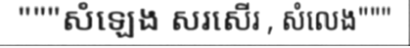
"""សំឡេង សរសើរ , សំលេង"""